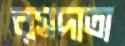
রসদাতা